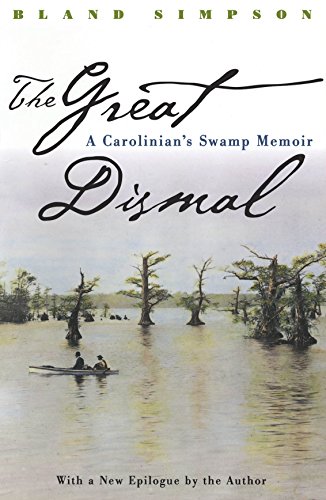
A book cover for The Great Dismal: A Carolinian's Swamp Memoir (Chapel Hill Books); Bland Simpson; Travel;